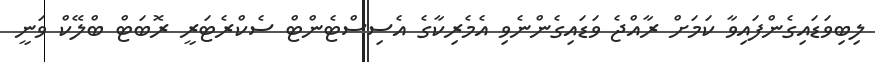
ލިބިވަޑައިގެންފައިވާ ކަމަށް ރާއްޖެ ވަޑައިގެންނެވި އެމެރިކާގެ އެސިސްޓެންޓް ސެކްރެޓަރީ ރޮބަޓް ބްލޭކް ވަނީ